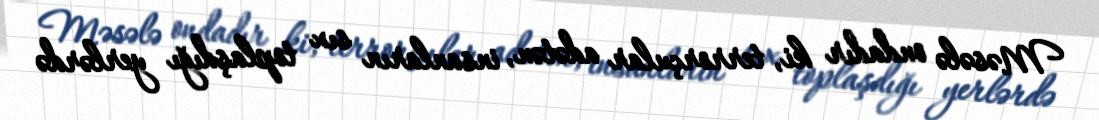
Məsələ ondadır ki, terrorçular adətən, insanların sıx toplaşdığı yerlərdə